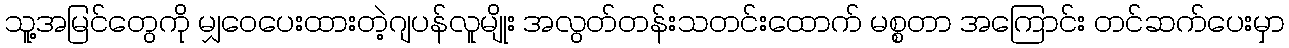
သူ့အမြင်တွေကို မျှဝေပေးထားတဲ့ဂျပန်လူမျိုး အလွတ်တန်းသတင်းထောက် မစ္စတာ အကြောင်း တင်ဆက်ပေးမှာ